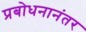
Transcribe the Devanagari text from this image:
प्रबोधनानंतर